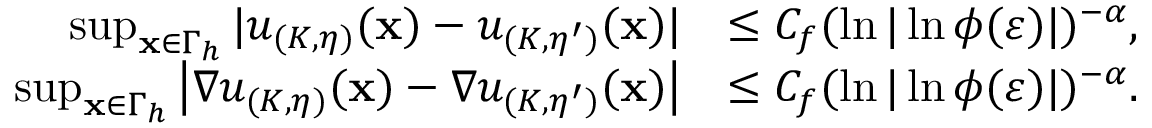
\begin{array} { r l } { \operatorname* { s u p } _ { \mathbf x \in \Gamma _ { h } } | u _ { ( K , \eta ) } ( \mathbf x ) - u _ { ( K , \eta ^ { \prime } ) } ( \mathbf x ) | } & { \leq C _ { f } ( \ln | \ln \phi ( \varepsilon ) | ) ^ { - \alpha } , } \\ { \operatorname* { s u p } _ { \mathbf x \in \Gamma _ { h } } \left| \nabla u _ { ( K , \eta ) } ( \mathbf x ) - \nabla u _ { ( K , \eta ^ { \prime } ) } ( \mathbf x ) \right| } & { \leq C _ { f } ( \ln | \ln \phi ( \varepsilon ) | ) ^ { - \alpha } . } \end{array}